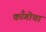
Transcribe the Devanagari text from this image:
कॉँगोचा